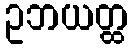
ဥဘယတ္ထ